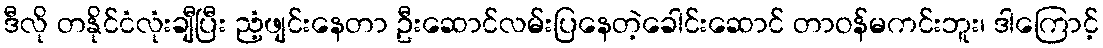
ဒီလို တနိုင်ငံလုံးချီပြီး ညံ့ဖျင်းနေတာ ဦးဆောင်လမ်းပြနေတဲ့ခေါင်းဆောင် တာဝန်မကင်းဘူး၊ ဒါကြောင့်